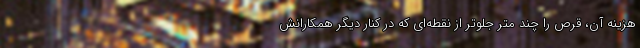
هزینه آن، قرص را چند متر جلوتر از نقطه‌ای که در کنار دیگر همکارانش